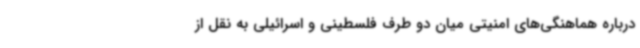
درباره هماهنگی‌های امنیتی میان دو طرف فلسطینی و اسرائیلی به نقل از